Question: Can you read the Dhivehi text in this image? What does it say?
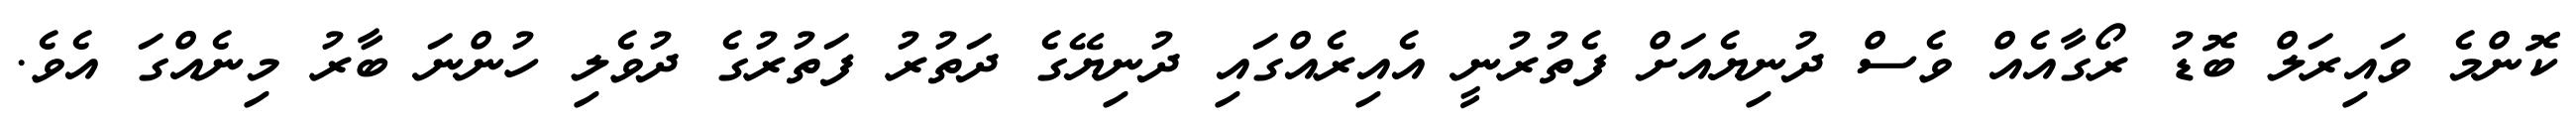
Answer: ކޮންމެ ވައިރަލް ބޮޑު ރޯގާއެއް ވެސް ދުނިޔެއަށް ފެތުރުނީ އެއިރެއްގައި ދުނިޔޭގެ ދަތުރު ފަތުރުގެ ދުވެލި ހުންނަ ބާރު މިނެއްގަ އެވެ.